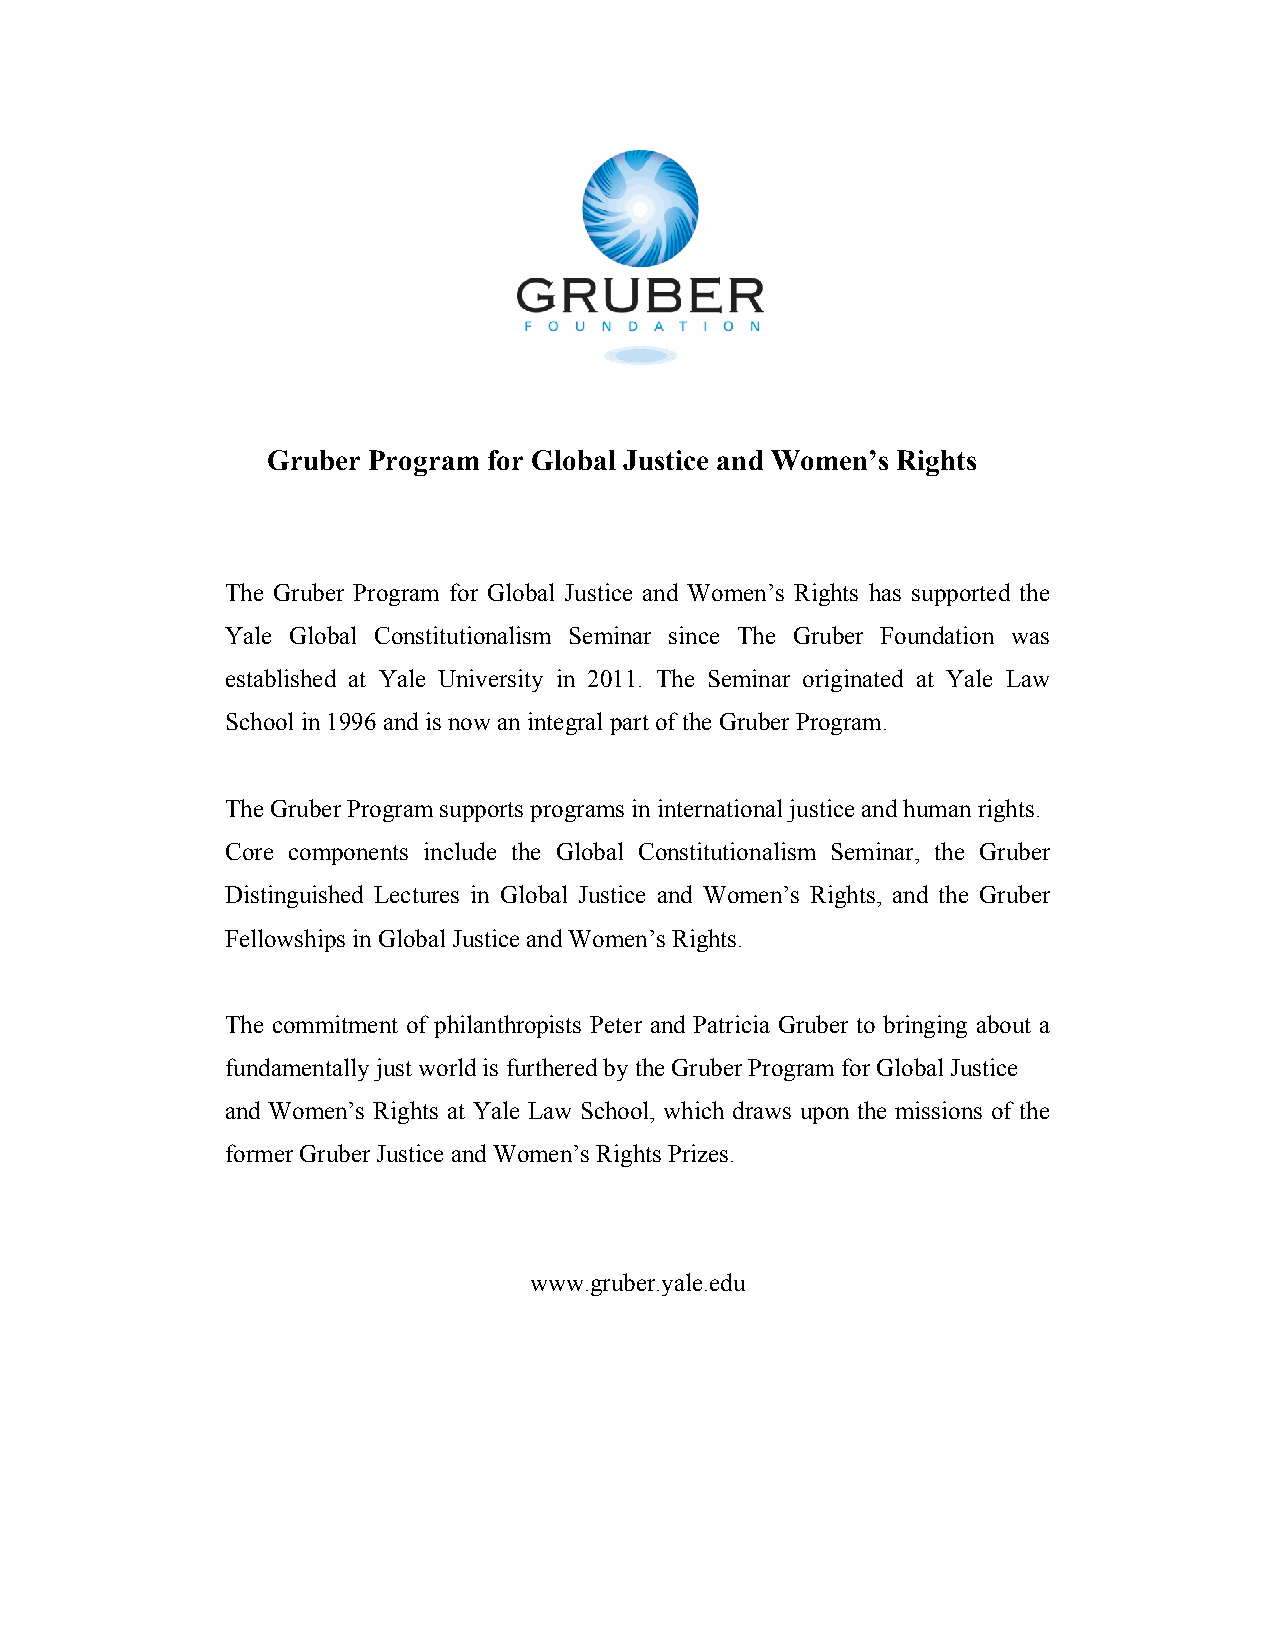
Gruber Program for Global Justice and Women’s Rights
 The Gruber Program for Global Justice and Women’s Rights has supported the
 Yale Global Constitutionalism Seminar since The Gruber Foundation was
 established at Yale University in 2011. The Seminar originated at Yale Law
 School in 1996 and is now an integral part of the Gruber Program.
 The Gruber Program supports programs in international justice and human rights.
 Core components include the Global Constitutionalism Seminar, the Gruber
 Distinguished Lectures in Global Justice and Women’s Rights, and the Gruber
 Fellowships in Global Justice and Women’s Rights.
 The commitment of philanthropists Peter and Patricia Gruber to bringing about a
 fundamentally just world is furthered by the Gruber Program for Global Justice
 and Women’s Rights at Yale Law School, which draws upon the missions of the
 former Gruber Justice and Women’s Rights Prizes.
 www.gruber.yale.edu